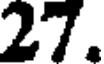
27.